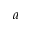
^ { a }